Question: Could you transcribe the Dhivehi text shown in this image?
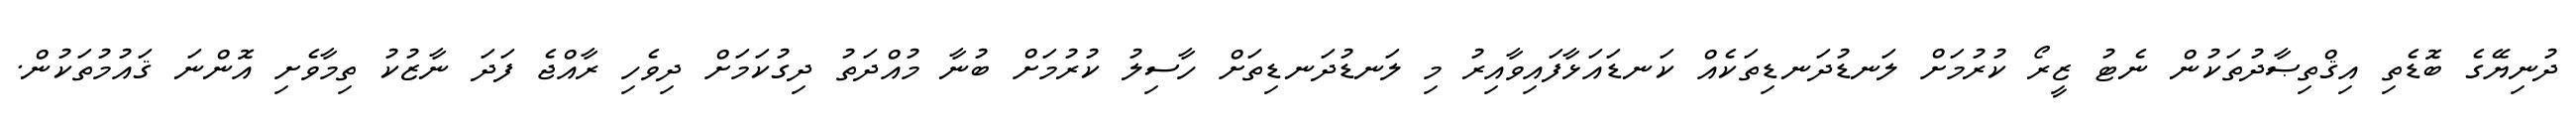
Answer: ދުނިޔޭގެ ބޮޑެތި އިޤްތިޞާދުތަކުން ނެޓު ޒީރޯ ކުރުމަށް ލަނޑުދަނޑިތަކެއް ކަނޑައަޅާފައިވާއިރު މި ލަނޑުދަނޑިތަށް ހާސިލު ކުރުމަށް ބުނާ މުއްދަތު ދިގުކަމަށް ދިވެހި ރާއްޖެ ފަދަ ނާޒުކު ތިމާވެށި އޮންނަ ޤައުމުތަކުން.